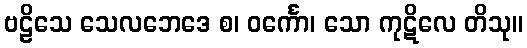
ဗဠိသေ သေလဘေဒေ စ၊ ဝင်္ကော၊ သော ကုဋိလေ တိသု။